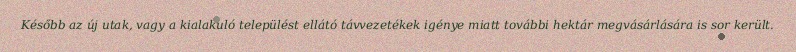
Később az új utak, vagy a kialakuló települést ellátó távvezetékek igénye miatt további hektár megvásárlására is sor került.